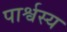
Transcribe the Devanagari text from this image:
पार्श्वस्य